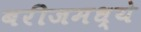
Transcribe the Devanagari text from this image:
बरीजमध्ये